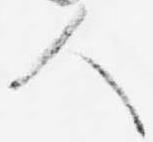
人